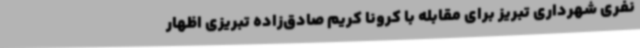
نفری شهرداری تبریز برای مقابله با کرونا کریم صادق‌زاده تبریزی اظهار